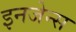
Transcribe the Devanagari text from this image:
इनजेन्स